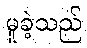
မူခဲ့သည်